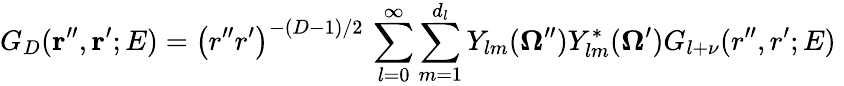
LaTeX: G_{D}({\mathbf r^{\prime\prime}},{\mathbf r^{\prime}};E)=\left(r^{\prime\prime}r^{\prime}\right)^{-(D-1)/2}\, \sum_{l=0}^{\infty}\sum_{m=1}^{d_{l}}Y_{lm}({\mathbf\Omega^{\prime\prime}})Y_{lm}^{*}({\mathbf\Omega^{\prime}})G_{l+\nu}(r^{\prime\prime},r^{\prime};E)\;